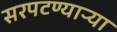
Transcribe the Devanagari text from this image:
सरपटण्याऱ्या